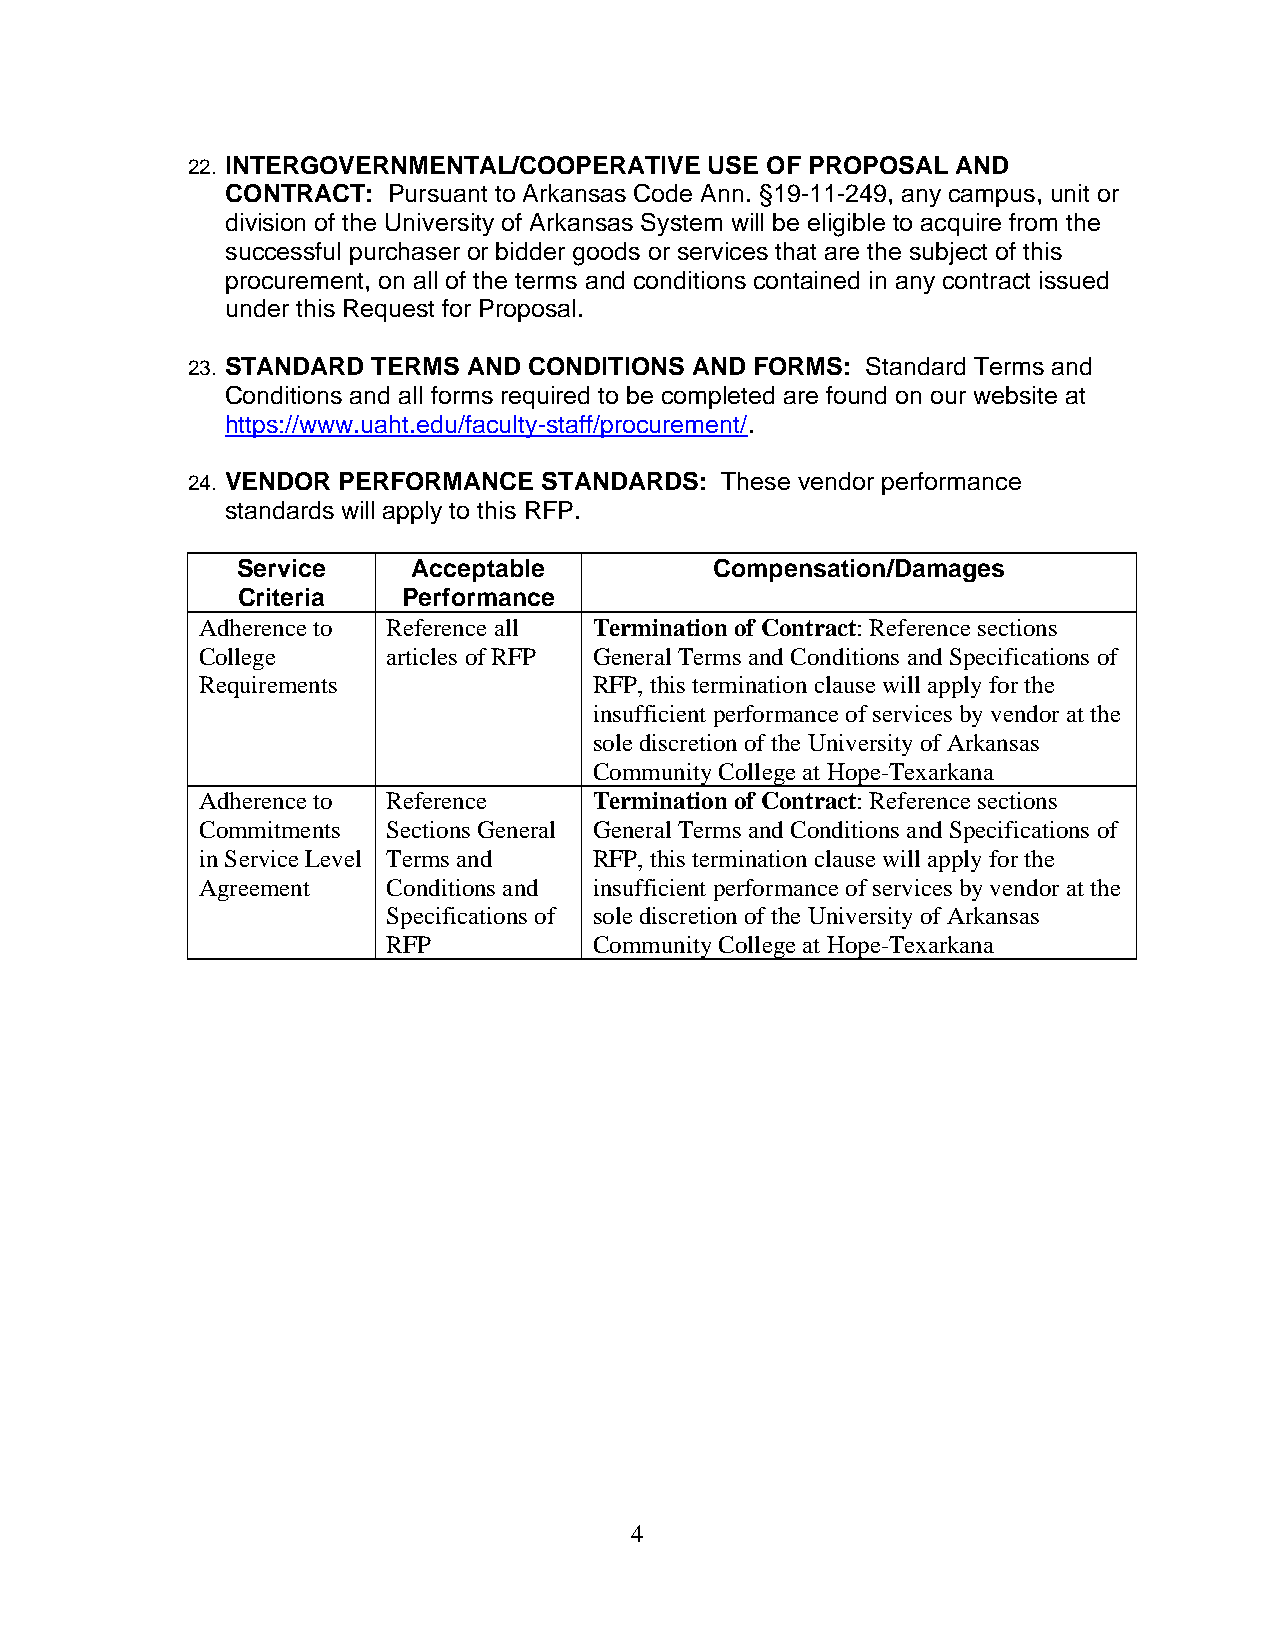
22. INTERGOVERNMENTAL/COOPERATIVE  USE OF PROPOSAL AND
 CONTRACT:  Pursuant to Arkansas Code Ann. §19-11-249, any campus, unit or
 division of the University of Arkansas System will be eligible to acquire from the
 successful purchaser or bidder goods or services that are the subject of this
 procurement, on all of the terms and conditions contained in any contract issued
 under this Request for Proposal.
 23. STANDARD TERMS AND CONDITIONS AND FORMS: Standard Terms and
 Conditions and all forms required to be completed are found on our website at
 https://www.uaht.edu/faculty-staff/procurement/.
 24. VENDOR PERFORMANCE  STANDARDS:  These vendor performance
 standards will apply to this RFP.
 Service    Acceptable          Compensation/Damages
 Criteria   Performance
 Adherence to Reference all Termination of Contract: Reference sections
 College      articles of RFP General Terms and Conditions and Specifications of
 Requirements              RFP, this termination clause will apply for the
 insufficient performance of services by vendor at the
 sole discretion of the University of Arkansas
 Community College at Hope-Texarkana
 Adherence to Reference    Termination of Contract: Reference sections
 Commitments  Sections General General Terms and Conditions and Specifications of
 in Service Level Terms and RFP, this termination clause will apply for the
 Agreement    Conditions and insufficient performance of services by vendor at the
 Specifications of sole discretion of the University of Arkansas
 RFP          Community College at Hope-Texarkana
 4